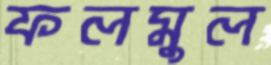
ফলমুল